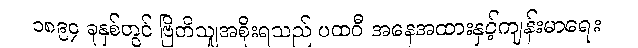
၁၈၉၄ ခုနှစ်တွင် ဗြိတိသျှအစိုးရသည် ပထဝီ အနေအထားနှင့်ကျန်းမာရေး